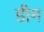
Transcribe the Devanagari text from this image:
डीम